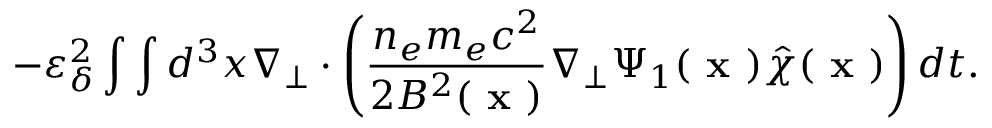
- \varepsilon _ { \delta } ^ { 2 } \int \int d ^ { 3 } x \nabla _ { \perp } \boldsymbol { \cdot } \left( \frac { n _ { e } m _ { e } c ^ { 2 } } { 2 B ^ { 2 } ( \textbf { x } ) } \nabla _ { \perp } \Psi _ { 1 } ( \textbf { x } ) \hat { \chi } ( \textbf { x } ) \right) d t .